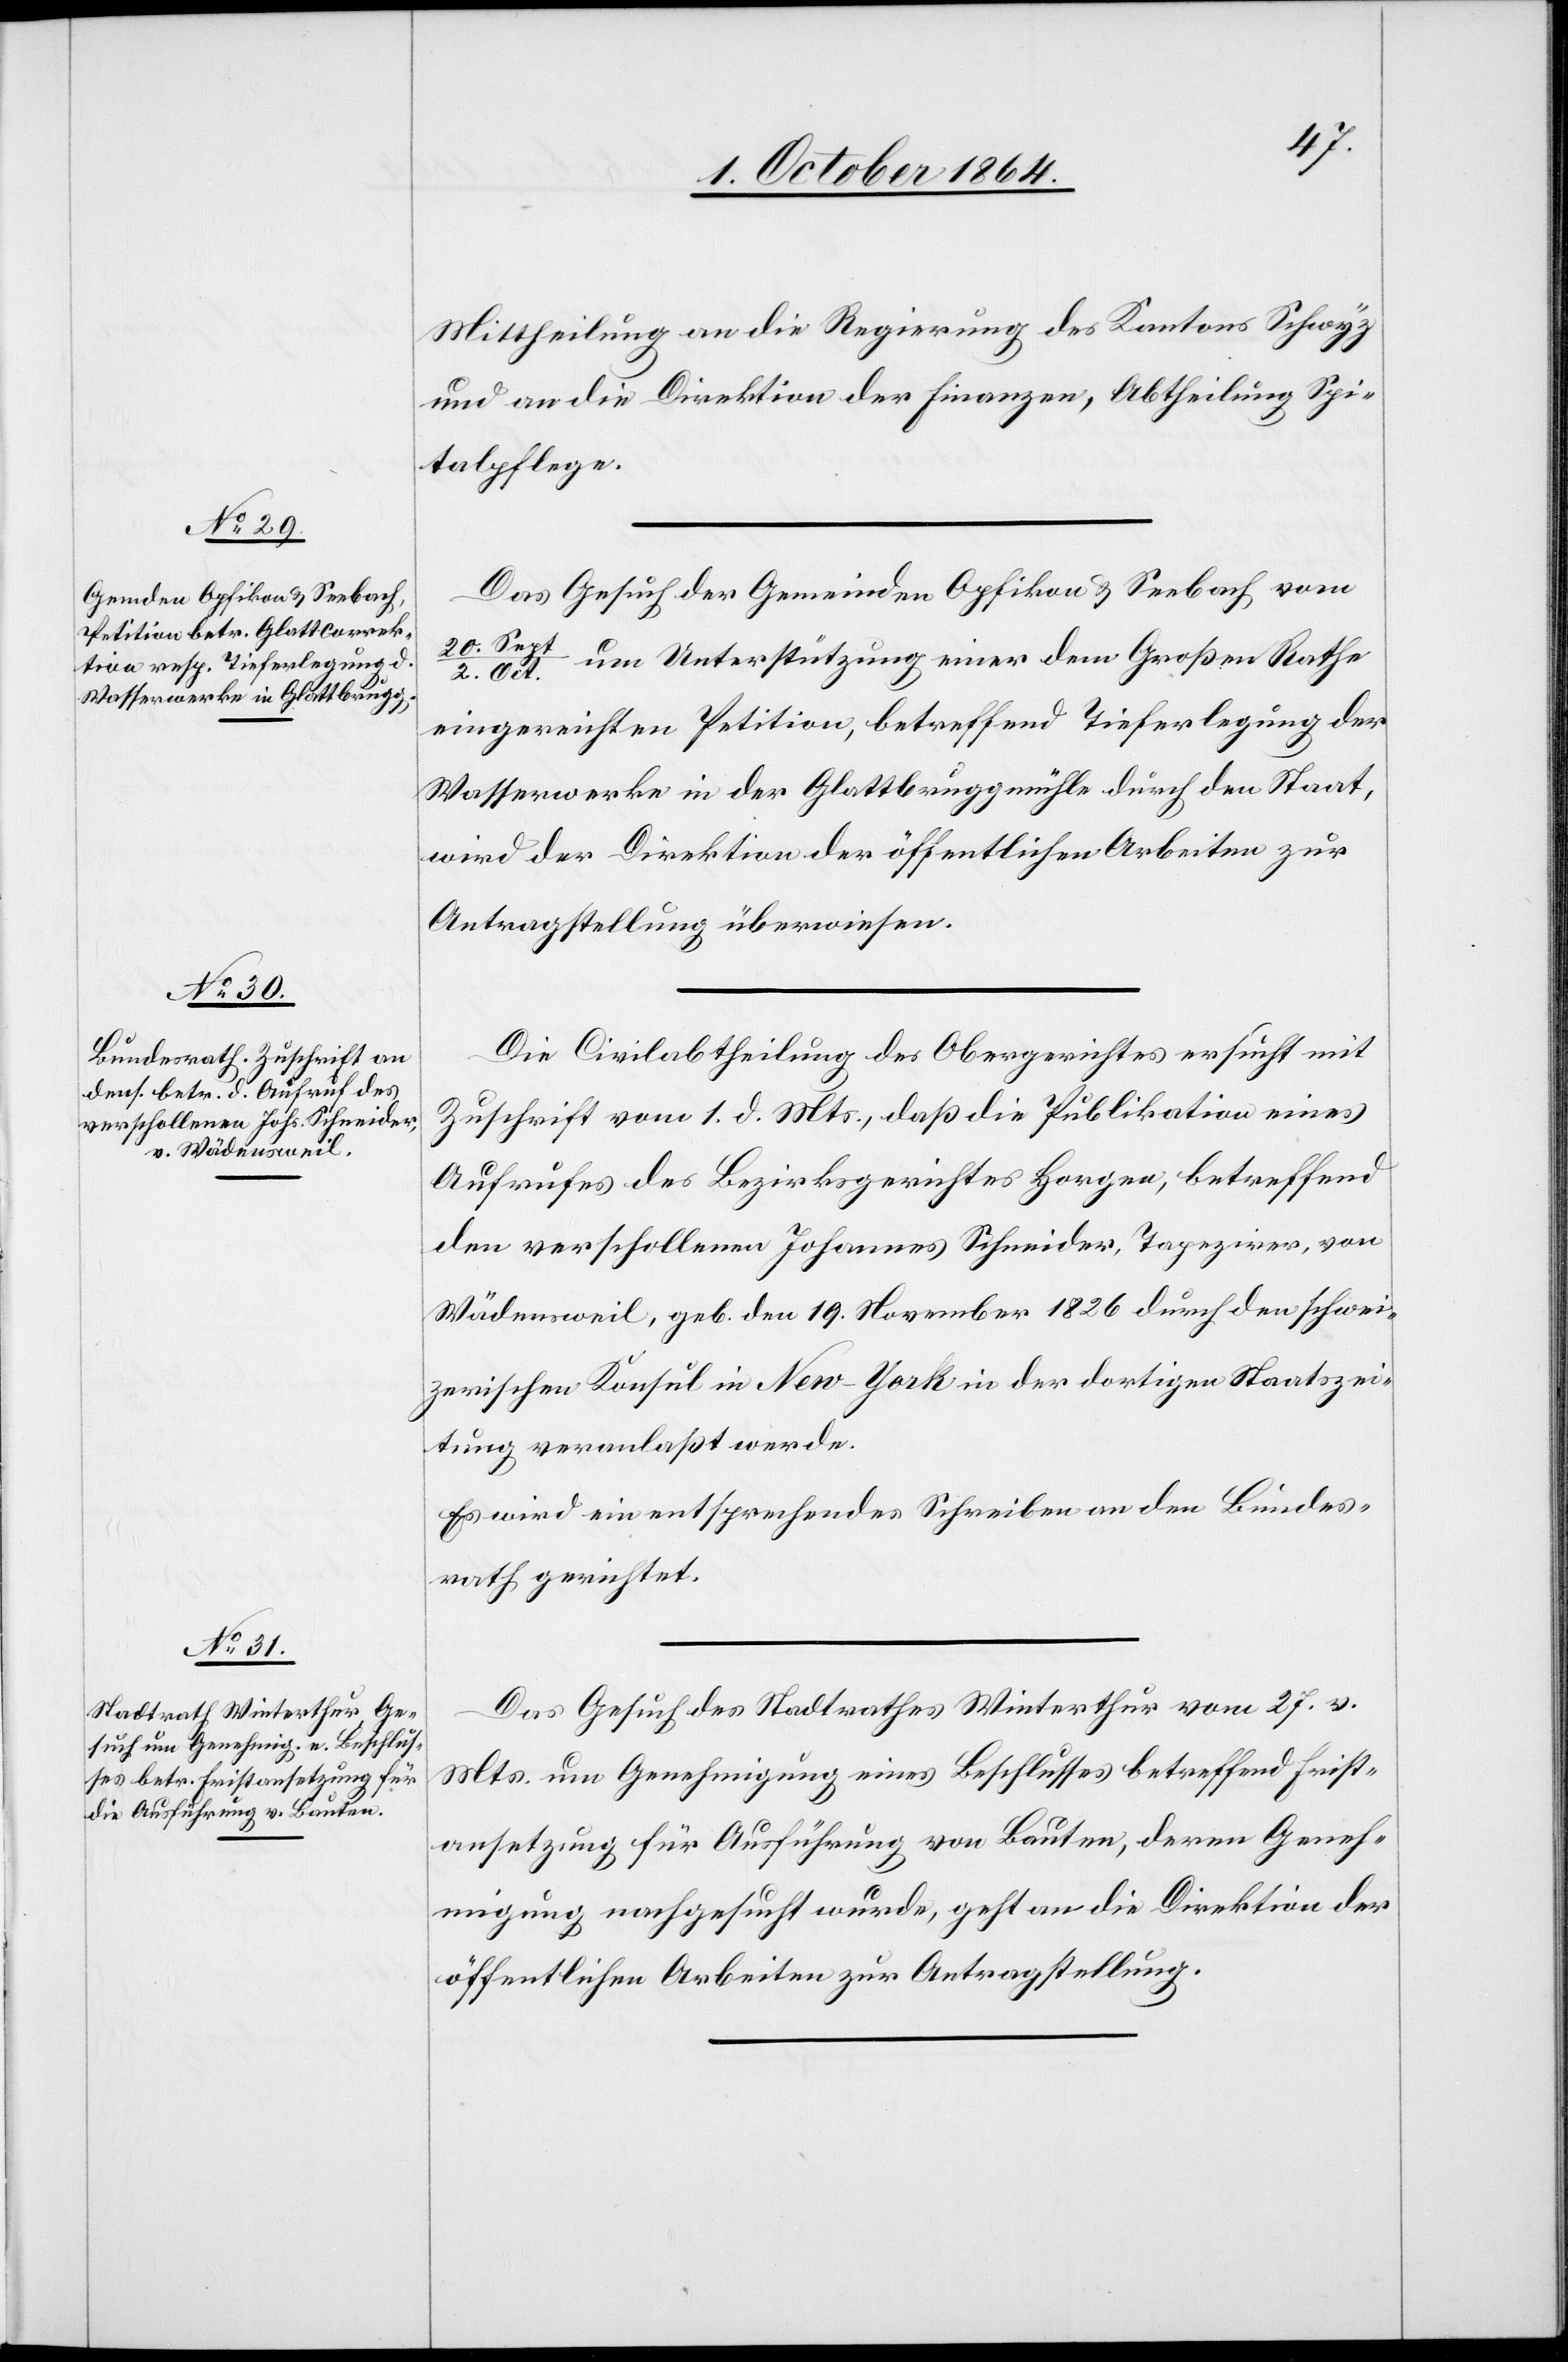
4. October 1864.]
Mittheilung an die Regierung des Kantons Schwyz
und an die Direktion der Finanzen, Abtheilung Spi¬
talpflege.
Das Gesuch der Gemeinden Opfikon & Seebach vom
20. Sept/2. Oct. um Unterstützung einer dem Großen Rathe
eingereichten Petition, betreffend Tieferlegung der
Wasserwerke in der Glattbruggmühle durch den Staat,
wird der Direktion der öffentlichen Arbeiten zur
Antragstellung überwiesen.
Die Civilabtheilung des Obergerichtes ersucht mit
Zuschrift vom 1. d. Mts, daß die Publikation eines
Aufrufes des Bezirksgerichtes Horgen, betreffend
den verschollenen Johannes Schneider, Tapezirer, von
Wädensweil, geb. den 19. November 1826 durch den schwei¬
zerischen Konsul in New-York in der dortigen Staatszei¬
tung veranlaßt werde.
Es wird ein entsprechendes Schreiben an den Bundes¬
rath gerichtet.
Das Gesuch des Stadtrathes Winterthur vom 27. v.
Mts. um Genehmigung eines Beschlusses betreffend Frist¬
ansetzung für Ausführung von Bauten, deren Geneh¬
migung nachgesucht wurde, geht an die Direktion der
öffentlichen Arbeiten zur Antragstellung.